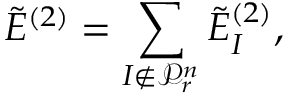
\tilde { E } ^ { ( 2 ) } = \sum _ { { I } \notin \mathcal { P } _ { r } ^ { n } } \tilde { E } _ { I } ^ { ( 2 ) } ,